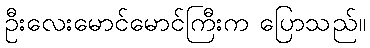
ဦးလေးမောင်မောင်ကြီးက ပြောသည်။